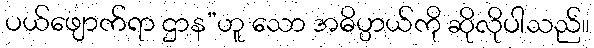
ပယ်ဖျောက်ရာ ဌာန”ဟူ သော အဓိပ္ပာယ်ကို ဆိုလိုပါသည်။